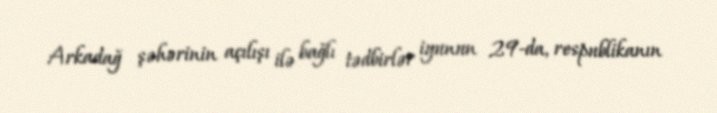
Arkadağ şəhərinin açılışı ilə bağlı tədbirlər iyunun 29-da, respublikanın